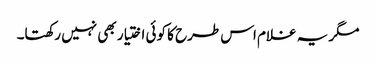
مگر یہ غلام اس طرح کا کوئی اختیار بھی نہیں رکھتا۔